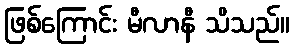
ဖြစ်ကြောင်း မီလာနီ သိသည်။